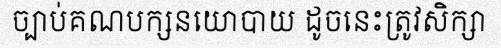
ច្បាប់គណបក្សនយោបាយ ដូចនេះត្រូវសិក្សា